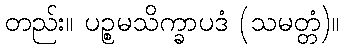
တည်း။ ပဉ္စမသိက္ခာပဒံ (သမတ္တံ)။